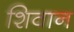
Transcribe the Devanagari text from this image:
शिवान